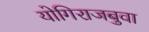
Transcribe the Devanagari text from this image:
योगिराजबुवा